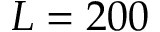
L = 2 0 0